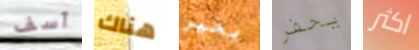
آسف هناك بخير يحفر اكثر